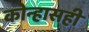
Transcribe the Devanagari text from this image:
कोन्हासही